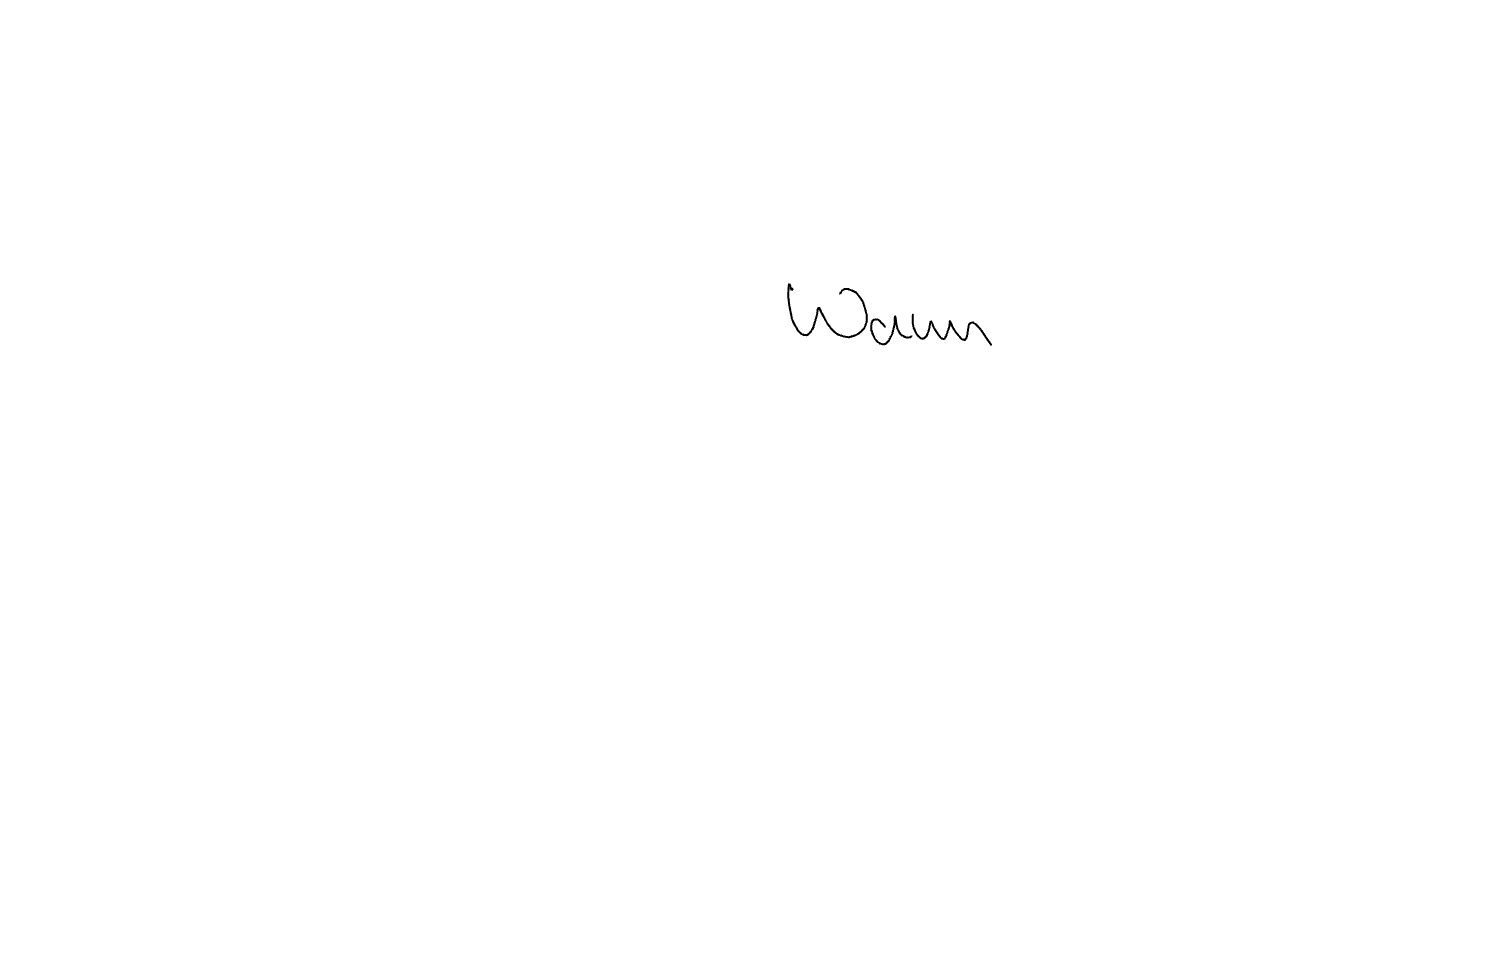
Text: Wann